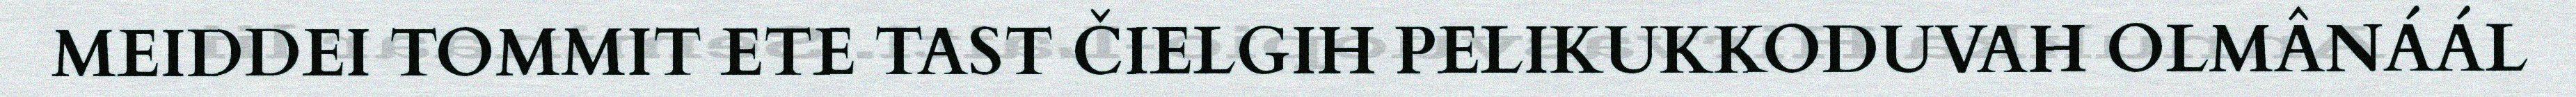
MEIDDEI TOMMIT ETE TAST ČIELGIH PELIKUKKODUVAH OLMÂNÁÁL